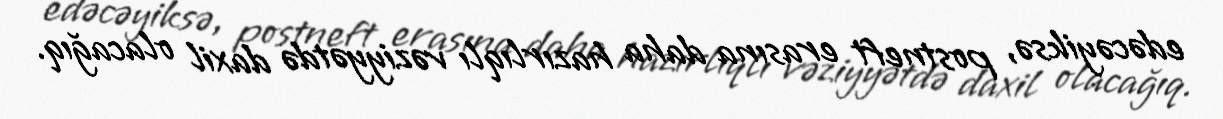
edəcəyiksə, postneft erasına daha hazırlıqlı vəziyyətdə daxil olacağıq.